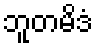
ဘူတမိဒံ